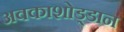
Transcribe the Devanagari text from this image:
अवकाशोड्डान